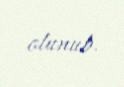
olunub.